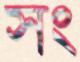
সং